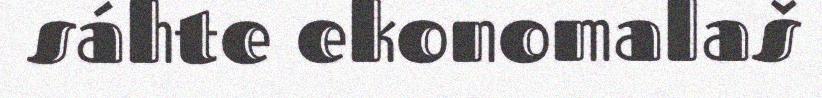
sáhte ekonomalaš